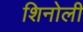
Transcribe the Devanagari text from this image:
शिनोली